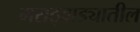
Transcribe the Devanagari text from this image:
मराठ्वाड्यातील